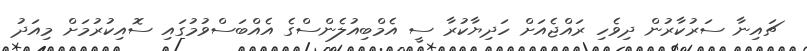
ޗައިނާ ސަރުކާރުން ދިވެހި ރައްޖެއަށް ހަދިޔާކުރާ ސީ އެމްބިއުލެންސްގެ އެއްބަސްވުމުގައި ސޮއިކުރުމަށް މިއަދު